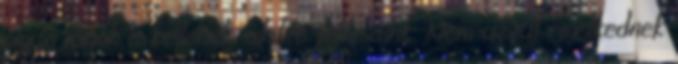
olyan tagok is kellenek, akikre felnézünk. Nem azzal emelkednek